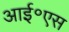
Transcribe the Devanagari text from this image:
आई॰एस